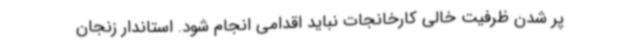
پر شدن ظرفیت خالی کارخانجات نباید اقدامی انجام شود. استاندار زنجان